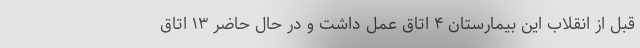
قبل از انقلاب این بیمارستان ۴ اتاق عمل داشت و در حال حاضر ۱۳ اتاق